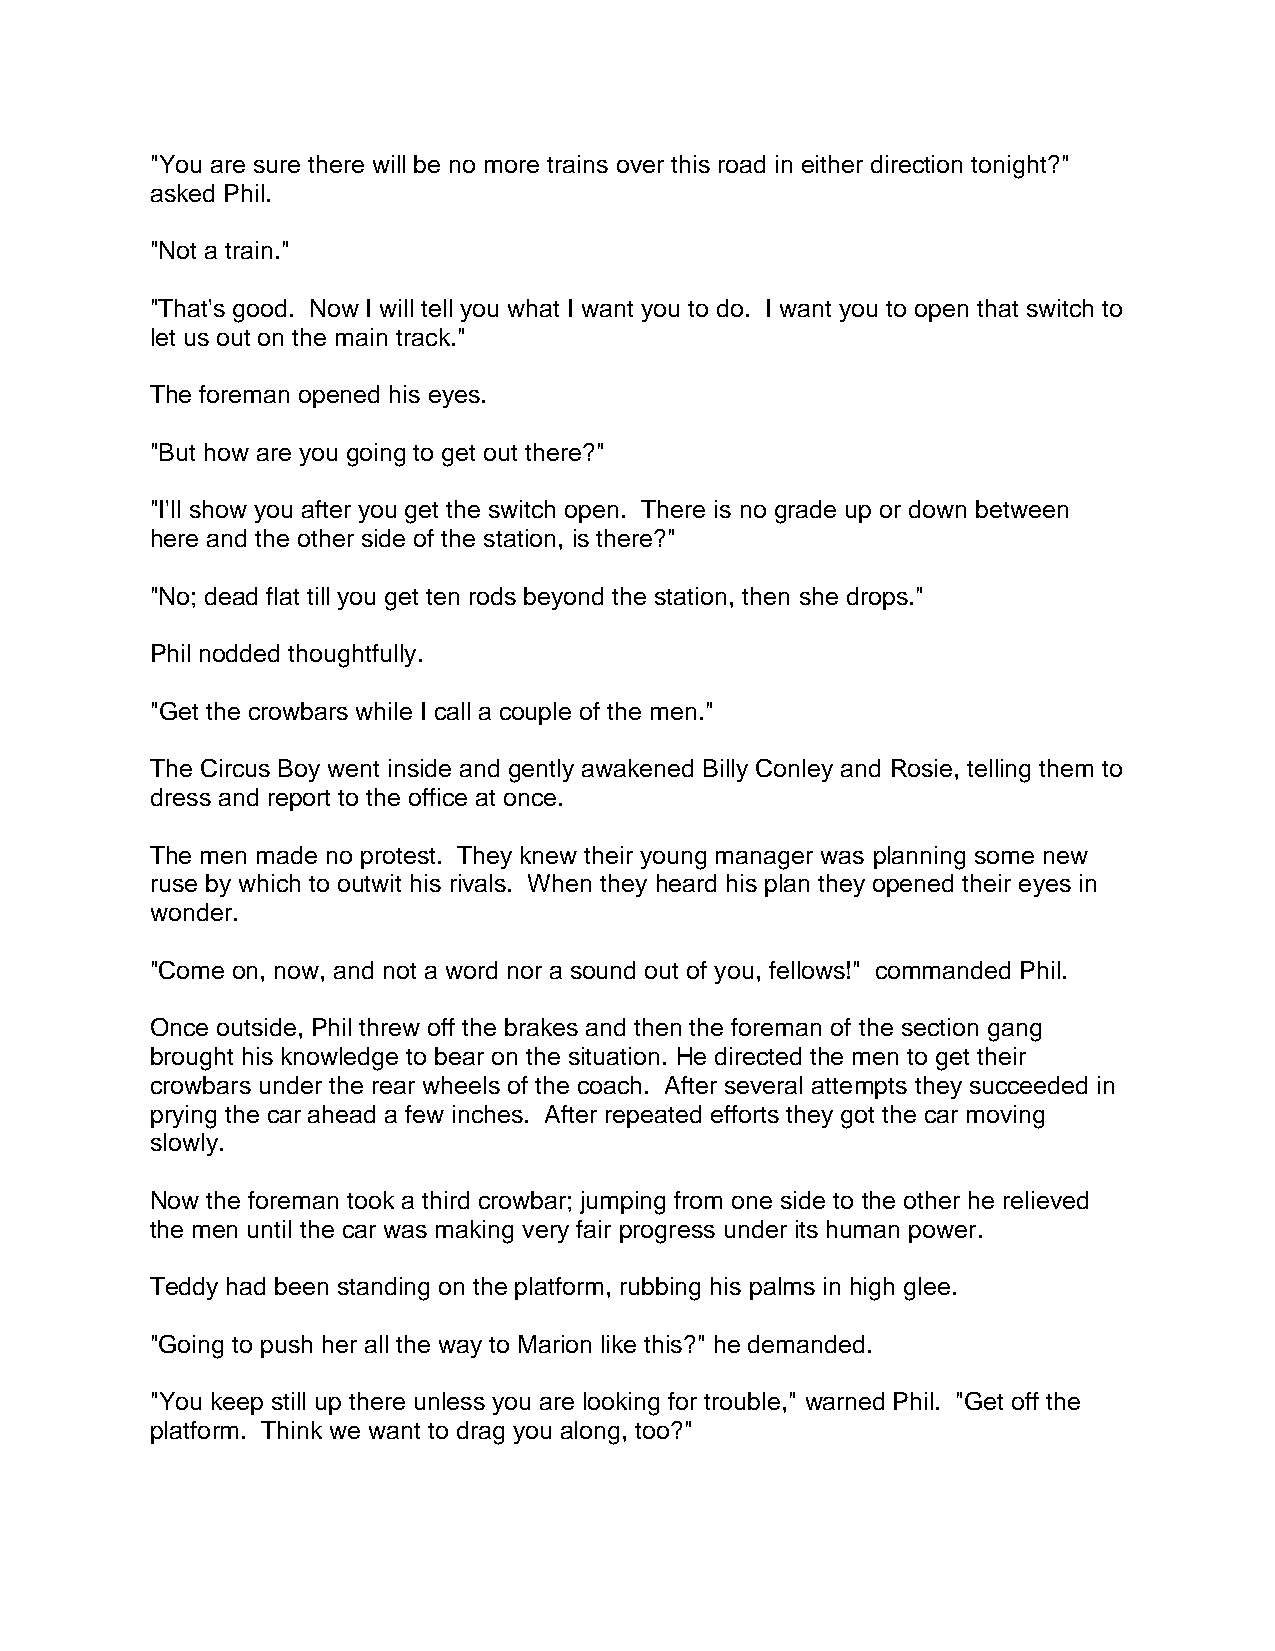
"You are sure there will be no more trains over this road in either direction tonight?"
 asked Phil.
 "Not a train."
 "That's good. Now I will tell you what I want you to do. I want you to open that switch to
 let us out on the main track."
 The foreman opened his eyes.
 "But how are you going to get out there?"
 "I'll show you after you get the switch open. There is no grade up or down between
 here and the other side of the station, is there?"
 "No; dead flat till you get ten rods beyond the station, then she drops."
 Phil nodded thoughtfully.
 "Get the crowbars while I call a couple of the men."
 The Circus Boy went inside and gently awakened Billy Conley and Rosie, telling them to
 dress and report to the office at once.
 The men made no protest. They knew their young manager was planning some new
 ruse by which to outwit his rivals. When they heard his plan they opened their eyes in
 wonder.
 "Come on, now, and not a word nor a sound out of you, fellows!" commanded Phil.
 Once outside, Phil threw off the brakes and then the foreman of the section gang
 brought his knowledge to bear on the situation. He directed the men to get their
 crowbars under the rear wheels of the coach. After several attempts they succeeded in
 prying the car ahead a few inches. After repeated efforts they got the car moving
 slowly.
 Now the foreman took a third crowbar; jumping from one side to the other he relieved
 the men until the car was making very fair progress under its human power.
 Teddy had been standing on the platform, rubbing his palms in high glee.
 "Going to push her all the way to Marion like this?" he demanded.
 "You keep still up there unless you are looking for trouble," warned Phil. "Get off the
 platform. Think we want to drag you along, too?"